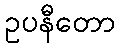
ဥပနီတော